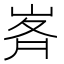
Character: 𭖥